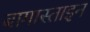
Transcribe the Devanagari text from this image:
बागास्ताइन